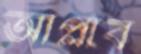
আপ্লাব